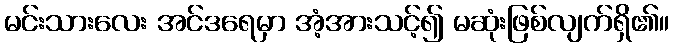
မင်းသားလေး အင်ဒရေမှာ အံ့အားသင့်၍ မဆုံးဖြစ်လျက်ရှိ၏။